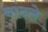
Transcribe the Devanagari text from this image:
नांदले